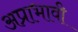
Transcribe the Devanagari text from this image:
अप्राभावी